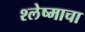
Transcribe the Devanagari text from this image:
श्लेष्माचा